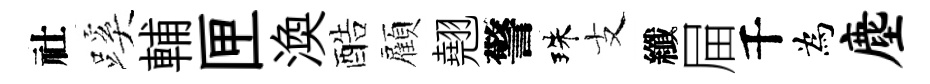
社蹊輔匣渙酷顏翹警珠支纖屇千為麈